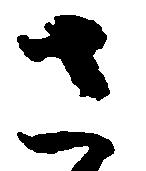
さ